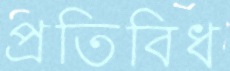
প্রতিবিধ